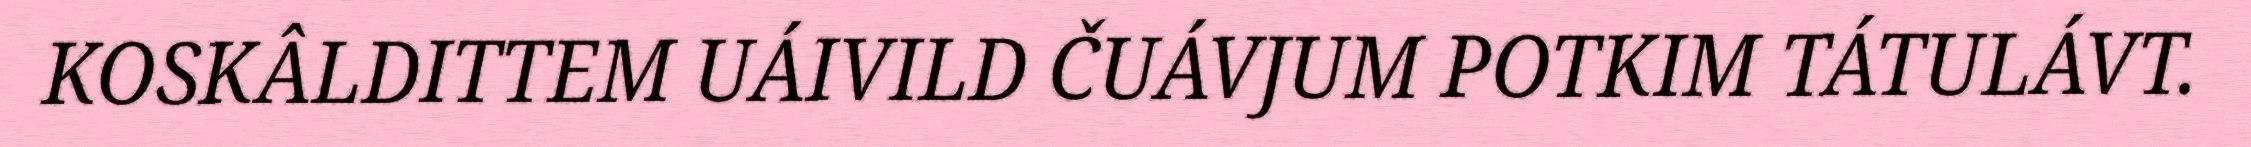
KOSKÂLDITTEM UÁIVILD ČUÁVJUM POTKIM TÁTULÁVT.